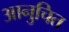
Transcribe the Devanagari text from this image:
आनुचित